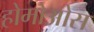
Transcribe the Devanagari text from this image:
होमोओस